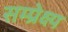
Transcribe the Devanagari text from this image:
सम्प्रेक्ष्य